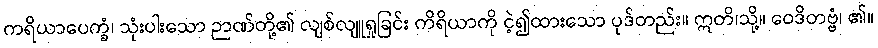
ကရိယာပေက္ခံ၊ သုံးပါးသော ဉာဏ်တို့၏ လျစ်လျူရှုခြင်း ကိရိယာကို ငဲ့၍ထားသော ပုဒ်တည်း။ ဣတိ၊သို့။ ဝေဒိတဗ္ဗံ၊ ၏။